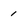
Character: 1